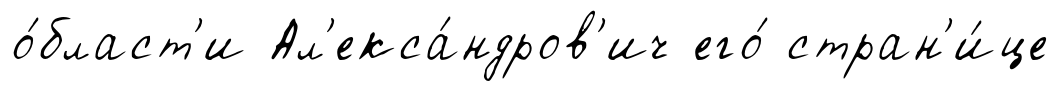
о́бласт'и Ал'екса́ндров'ич его́ стран'и́це